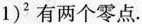
1 ) ^ { 2 }$$有两个零点.